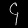
Digit: ၄